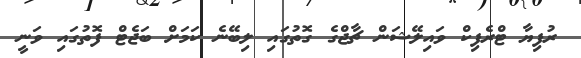
ރުފިޔާ ޓްރެފިކް ވައިލޭޝަން ޗާޖްގެ ގޮތުގައި ލިބޭނެ ކަމަށް ބަޖެޓް ފޮތުގައި ވަނީ